Enquiry on enteric fever in India - Number 32
Disease focus: Fever
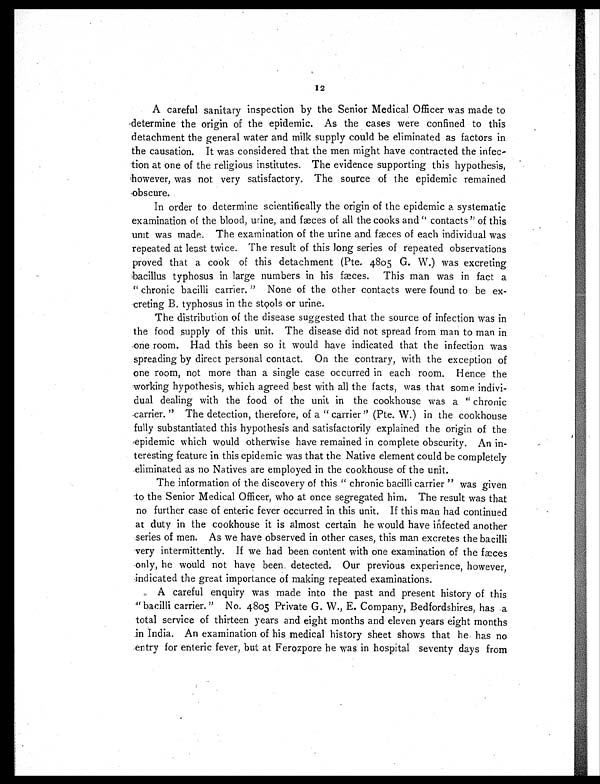
I2
A careful sanitary inspection by the Senior Medical Officer was made to
determine the origin of the epidemic. As the cases were confined to this
detachment the general water and milk supply could be eliminated as factors in
the causation. It was considered that the men might have contracted the infec-
tion at one of the religious institutes. The evidence supporting this hypothesis,
however, was not very satisfactory. The source of the epidemic remained
obscure.
In order to determine scientifically the origin of the epidemic a systematic
examination of the blood, urine, and fæces of all the cooks and " contacts" of this
unit was made. The examination of the urine and fæes of each individual was
repeated at least twice. The result of this long series of repeated observations
proved that a cook of this detachment (Pte. 4805 G. W.) was excreting
bacillus typhosus in large numbers in his fæces. This man was in fact a
" chronic bacilli carrier. " None of the other contacts were found to be ex-
creting B. typhosus in the stools or urine.
The distribution of the disease suggested that the source of infection was in
the food supply of this unit. The disease did not spread from man to man in
one room. Had this been so it would have indicated that the infection was
spreading by direct personal contact. On the contrary, with the exception of
one room, not more than a single case occurred in each room. Hence the
working hypothesis, which agreed best with all the facts, was that some indivi-
dual dealing with the food of the unit in the cookhouse was a " chronic
-carrier. " The detection, therefore, of a " carrier" (Pte. W.) in the cookhouse
fully substantiated this hypothesis and satisfactorily explained the origin of the
epidemic which would otherwise have remained in complete obscurity. An in-
teresting feature in this epidemic was that the Native element could be completely
eliminated as no Natives are employed in the cookhouse of the unit.
The information of the discovery of this " chronic bacilli carrier " was given
to the Senior Medical Officer, who at once segregated him. The result was that
no further case of enteric fever occurred in this unit. If this man had continued
at duty in the cookhouse it is almost certain he would have infected another
series of men. As we have observed in other cases, this man excretes the bacilli
very intermittently. If we had been content with one examination of the fæces
only, he would not have been. detected. Our previous experience, however,
indicated the great importance of making repeated examinations.
A careful enquiry was made into the past and present history of this"
bacilli carrier." No. 4805 Private G. W., E. Company, Bedfordshires, has a
total service of thirteen years and eight months and eleven years eight months
in India. An examination of his medical history sheet shows that he has no
entry for enteric fever, but at Ferozpore he was in hospital seventy days from